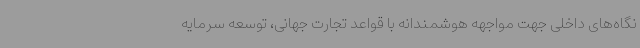
نگاه‌های داخلی جهت مواجهه هوشمندانه با قواعد تجارت جهانی، توسعه سرمایه